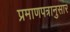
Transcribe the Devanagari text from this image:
प्रमाणपत्रानुसार